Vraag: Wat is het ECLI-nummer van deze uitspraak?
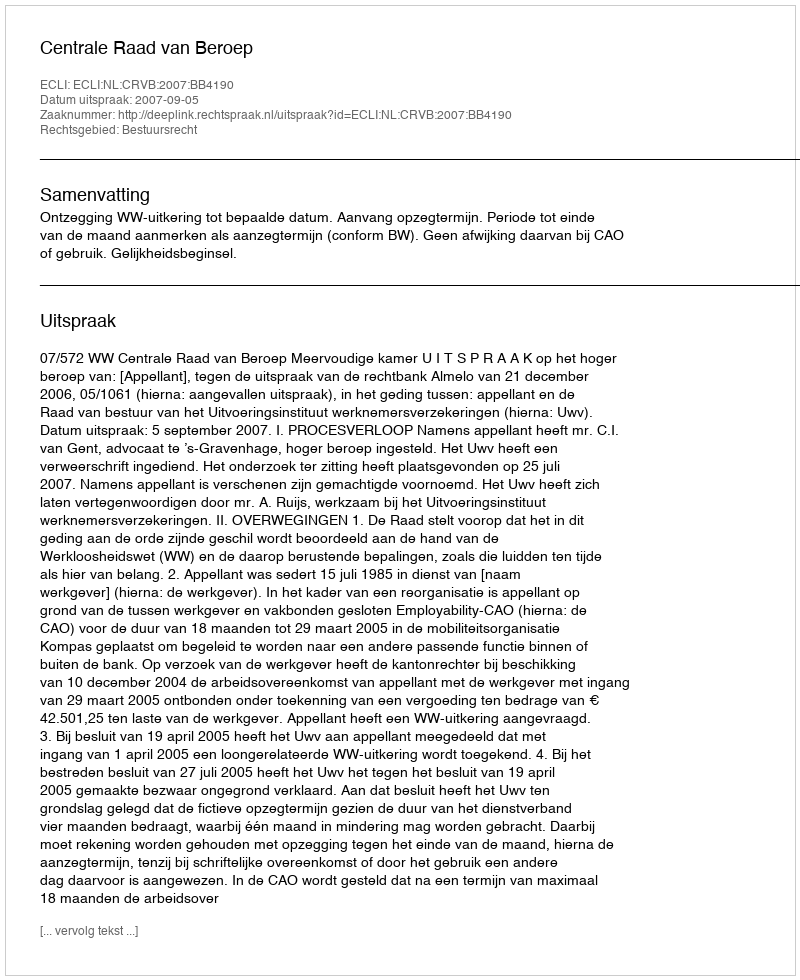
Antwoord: ECLI:NL:CRVB:2007:BB4190